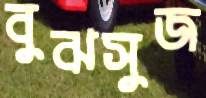
বুঝসুজ